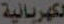
الكهربائية